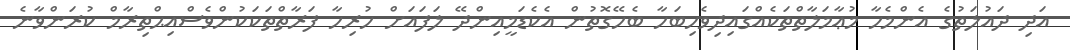
އަދި ދައުލަތުގެ އެންމެހާ މުޢާމަލާތްތަކެއްގައިދިވެހިބަހާ ބެހޭގޮތުން އެކެޑަމީއިންދޭ ލަފައަށް ހުރިހާ ފަރާތްތަކަކުންވެސްއިޙްތިރާމް ކުރަންވާނެ